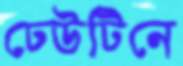
ঢেউটিনে